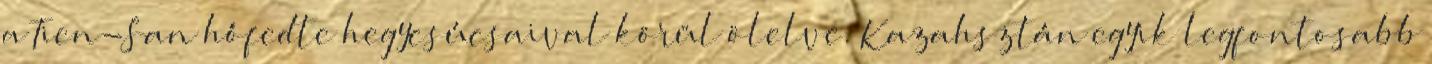
a Tien-San hófedte hegycsúcsaival körül ölelve. Kazahsztán egyik legfontosabb